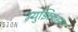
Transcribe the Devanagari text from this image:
म्‍युझियम्‍स